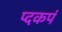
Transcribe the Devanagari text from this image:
प्दकपं